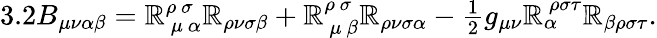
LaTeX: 3.2B_{\mu\nu\alpha\beta}=\mathbb{R}_{\ \mu\ \alpha}^{\rho\ \sigma\ }\mathbb{R}_{\rho\nu\sigma\beta}+\mathbb{R}_{\ \mu\ \beta}^{\rho\ \sigma\ }\mathbb{R}_{\rho\nu\sigma\alpha}-\textstyle{\frac{{1}}{{2}}}g_{\mu\nu}\mathbb{R}_{\alpha}^{\ \rho\sigma\tau}\mathbb{R}_{\beta\rho\sigma\tau}.